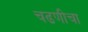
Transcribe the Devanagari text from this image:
चढणीचा